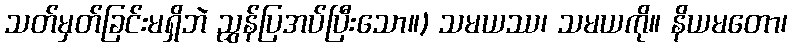
သတ်မှတ်ခြင်းမရှိဘဲ ညွှန်ပြအပ်ပြီးသော။) သမယဿ၊ သမယကို။ နိယမတော၊